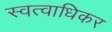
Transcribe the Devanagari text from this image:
स्वत्वाधिकर